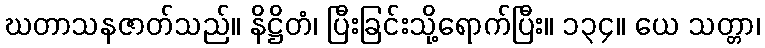
ဃတာသနဇာတ်သည်။ နိဋ္ဌိတံ၊ ပြီးခြင်းသို့ရောက်ပြီး။ ၁၃၄။ ယေ သတ္တာ၊